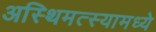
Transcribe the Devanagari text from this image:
अस्थिमत्स्यामध्ये